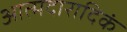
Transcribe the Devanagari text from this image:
आत्मदारादिकं